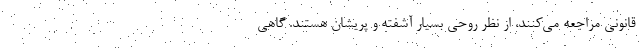
قانونی مراجعه می‌کنند، از نظر روحی بسیار آشفته و پریشان هستند. گاهی